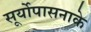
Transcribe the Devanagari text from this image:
सूर्योपासनाके